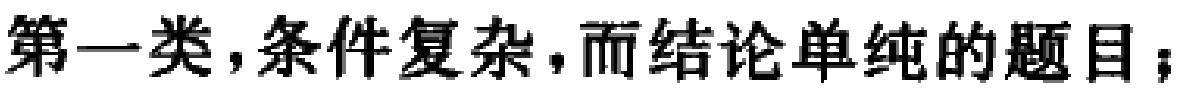
第一类，条件复杂，而结论单纯的题目；